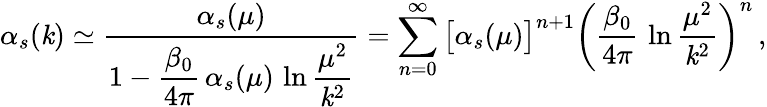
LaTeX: \alpha_{s}(\mathit{k})\simeq{\frac{{\alpha_{s}(\mu)}}{{\displaystyle1-{\frac{{\beta_{0}}}{{4\pi}}}\, \alpha_{s}(\mu)\, \ln{\frac{{\mu^{2}}}{{\mathit{k}^{2}}}}}}}=\sum_{n=0}^{\infty}\big[\alpha_{s}(\mu)\big]^{n+1}\bigg({\frac{{\beta_{0}}}{{4\pi}}}\, \ln{\frac{{\mu^{2}}}{{\mathit{k}^{2}}}}\bigg)^{n}\, ,